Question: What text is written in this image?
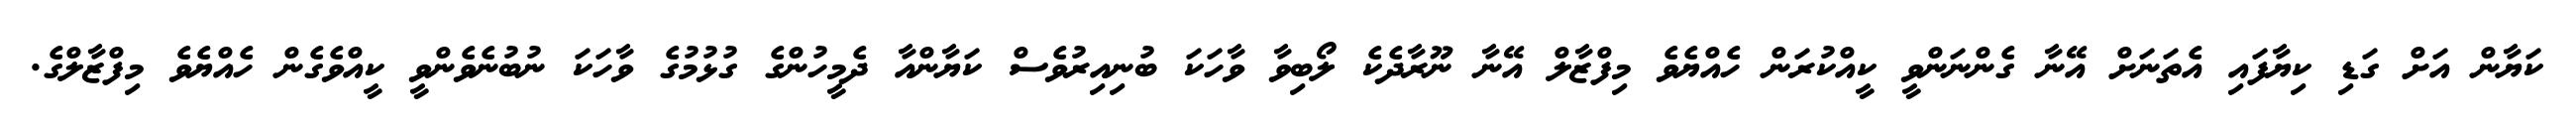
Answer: ކަޔާން އަށް ގަޑި ކިޔާފައި އެތަނަށް އޭނާ ގެންނަންވީ ކީއްކުރަން ހެއްޔެވެ މިފްޒާލް އޭނާ ނޫރާދެކެ ލޯބިވާ ވާހަކަ ބުނިއިރުވެސް ކަޔާންއާ ދެމީހުންގެ ގުޅުމުގެ ވާހަކަ ނުބުނެވެންވީ ކީއްވެގެން ހެއްޔެވެ މިފްޒާލްގެ.